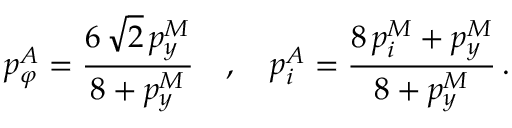
p _ { \varphi } ^ { A } = \frac { 6 \, \sqrt 2 \, p _ { y } ^ { M } } { 8 + p _ { y } ^ { M } } \quad , \quad p _ { i } ^ { A } = \frac { 8 \, p _ { i } ^ { M } + p _ { y } ^ { M } } { 8 + p _ { y } ^ { M } } \, .